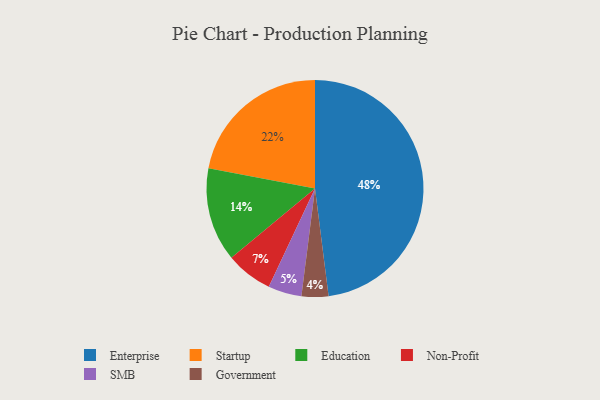
{"axis": {"x": "Category", "y": "Percentage"}, "legend": ["Education", "Enterprise", "Government", "Non-Profit", "SMB", "Startup"], "data": [{"x": "Startup", "y": 22, "type": "Startup"}, {"x": "Government", "y": 4, "type": "Government"}, {"x": "Enterprise", "y": 48, "type": "Enterprise"}, {"x": "SMB", "y": 5, "type": "SMB"}, {"x": "Non-Profit", "y": 7, "type": "Non-Profit"}, {"x": "Education", "y": 14, "type": "Education"}]}